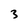
Character: 3